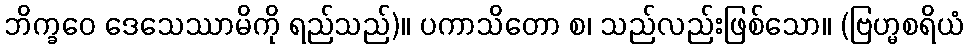
ဘိက္ခဝေ ဒေသေဿာမိကို ရည်သည်)။ ပကာသိတော စ၊ သည်လည်းဖြစ်သော။ (ဗြဟ္မစရိယံ